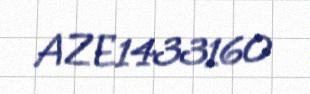
AZE1433160